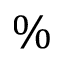
\%